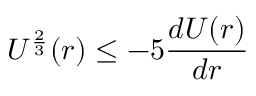
U ^ { \frac { 2 } { 3 } } ( r ) \leq - 5 \frac { d U ( r ) } { d r }